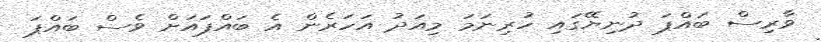
ވާރިސް ބައްޕަ ދުނިޔޭގައި ހުރިނަމަ މިއަދު އަހަރެން އެ ބައްޕައަށް ވެސް ބައްޕަ